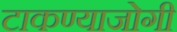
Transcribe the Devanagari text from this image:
टाकण्याजोगी